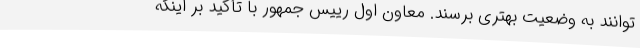
توانند به وضعیت بهتری برسند. معاون اول رییس جمهور با تأکید بر اینکه